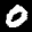
Label: 0